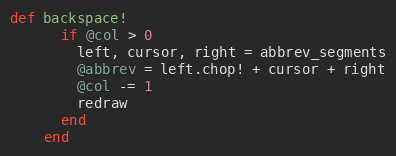
Language: Ruby
def backspace!
      if @col > 0
        left, cursor, right = abbrev_segments
        @abbrev = left.chop! + cursor + right
        @col -= 1
        redraw
      end
    end